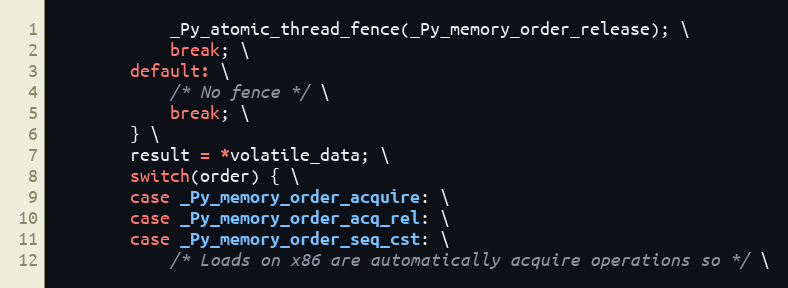
Language: C
            _Py_atomic_thread_fence(_Py_memory_order_release); \
            break; \
        default: \
            /* No fence */ \
            break; \
        } \
        result = *volatile_data; \
        switch(order) { \
        case _Py_memory_order_acquire: \
        case _Py_memory_order_acq_rel: \
        case _Py_memory_order_seq_cst: \
            /* Loads on x86 are automatically acquire operations so */ \